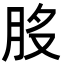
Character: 𦚂